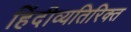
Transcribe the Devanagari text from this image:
हिंदीव्यतिरिक्त